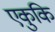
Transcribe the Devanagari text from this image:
एकुकि